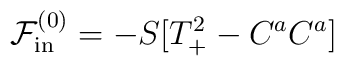
\mathcal{F}_{\rm in}^{(0)}=-S[T_{+}^2-C^a C^a]